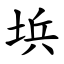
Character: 㙃